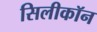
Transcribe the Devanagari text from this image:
सिलीकॉन